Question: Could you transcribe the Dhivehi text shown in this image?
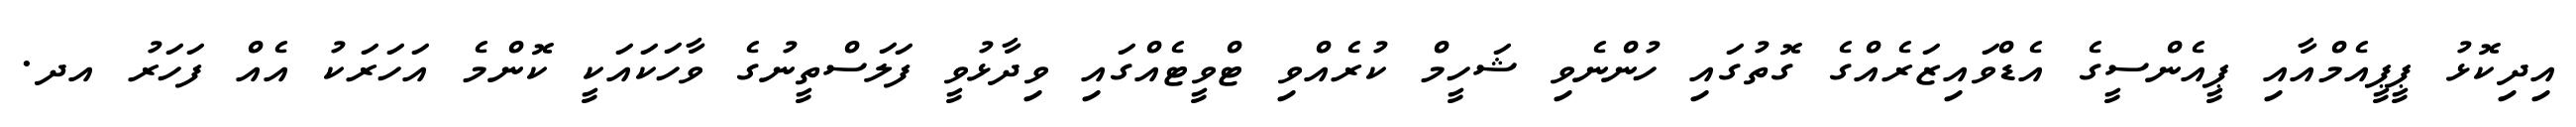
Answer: އިދިކޮޅު ޕީޕީއެމްއާއި ޕީއެންސީގެ އެޑްވައިޒަރެއްގެ ގޮތުގައި ހުންނެވި ޝަހީމް ކުރެއްވި ޓްވީޓެއްގައި ވިދާޅުވީ ފަލަސްތީނުގެ ވާހަކައަކީ ކޮންމެ އަހަރަކު އެއް ފަހަރު އދ.